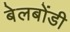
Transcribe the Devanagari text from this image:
बेलबोंडी